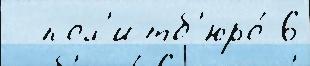
  пол'итб'юро́ 6